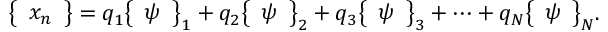
{ \left\{ \begin{array} { l } { x _ { n } } \end{array} \right\} } = q _ { 1 } { \left\{ \begin{array} { l } { \psi } \end{array} \right\} } _ { 1 } + q _ { 2 } { \left\{ \begin{array} { l } { \psi } \end{array} \right\} } _ { 2 } + q _ { 3 } { \left\{ \begin{array} { l } { \psi } \end{array} \right\} } _ { 3 } + \cdots + q _ { N } { \left\{ \begin{array} { l } { \psi } \end{array} \right\} } _ { N } .